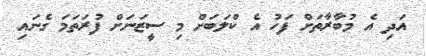
އަދި އެ މުބާރާތަށް ފަހު އެ ކްލަބަށް މި ސީޒަނަށް ފުރަތަމަ ގެނައި